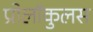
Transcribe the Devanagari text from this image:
प्रोलॉकुलस